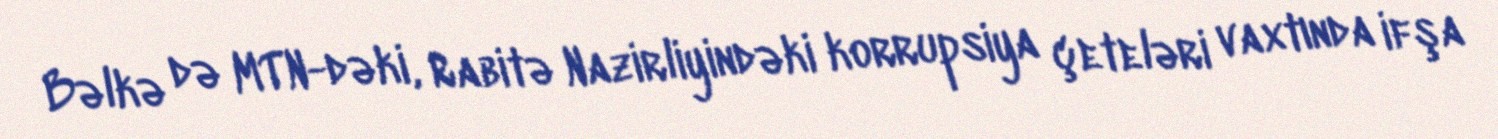
Bəlkə də MTN-dəki, Rabitə Nazirliyindəki korrupsiya çeteləri vaxtında ifşa